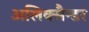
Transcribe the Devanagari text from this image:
अलिक्सैन्डर